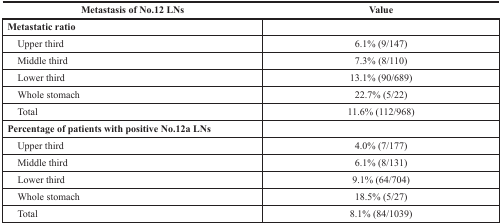
<table><thead><tr><td><b>Metastasis of No.12 LNs</b></td><td><b>Value</b></td></tr></thead><tbody><tr><td><b>Metastatic ratio</b></td><td></td></tr><tr><td> Upper third</td><td>6.1% (9/147)</td></tr><tr><td> Middle third</td><td>7.3% (8/110)</td></tr><tr><td> Lower third</td><td>13.1% (90/689)</td></tr><tr><td> Whole stomach</td><td>22.7% (5/22)</td></tr><tr><td> Total</td><td>11.6% (112/968)</td></tr><tr><td><b>Percentage of patients with positive No.12a LNs</b></td><td></td></tr><tr><td> Upper third</td><td>4.0% (7/177)</td></tr><tr><td> Middle third</td><td>6.1% (8/131)</td></tr><tr><td> Lower third</td><td>9.1% (64/704)</td></tr><tr><td> Whole stomach</td><td>18.5% (5/27)</td></tr><tr><td> Total</td><td>8.1% (84/1039)</td></tr></tbody></table>